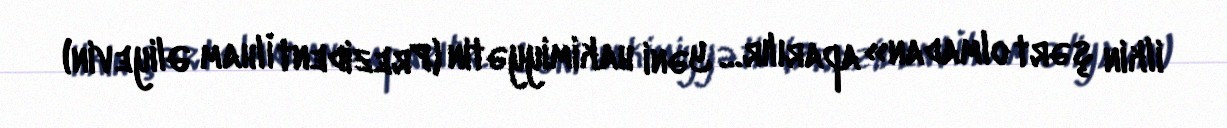
ilkin şərt olmadan» aparılır… Yəni hakimiyyətin (Prezident İlham Əliyevin)